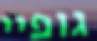
גופיי